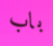
باب